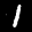
Label: 1